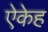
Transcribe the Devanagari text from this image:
ऐकेह